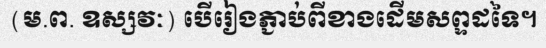
(ម.ព. ឧស្សវៈ) បើរៀងភ្ជាប់ពីខាងដើមសព្ទដទៃ។